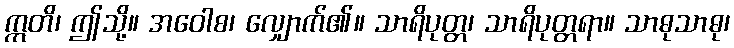
ဣတိ၊ ဤသို့။ အဝေါစ၊ လျှောက်၏။ သာရိပုတ္တ၊ သာရိပုတ္တရာ။ သာဓုသာဓု၊